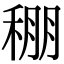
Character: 稝